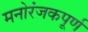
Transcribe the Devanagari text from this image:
मनोरंजकपूर्ण